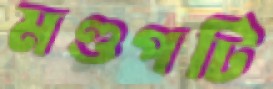
মণ্ডপটি